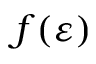
f ( \varepsilon )